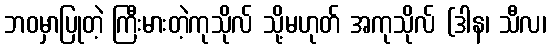
ဘဝမှာပြုတဲ့ ကြီးမားတဲ့ကုသိုလ် သို့မဟုတ် အကုသိုလ် (ဒါန၊ သီလ၊